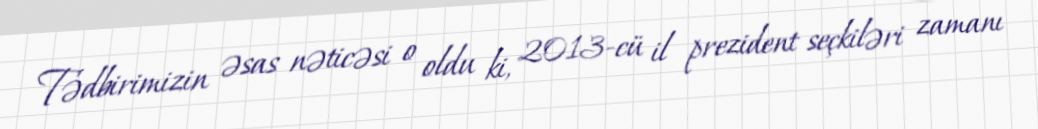
Tədbirimizin əsas nəticəsi o oldu ki, 2013-cü il prezident seçkiləri zamanı